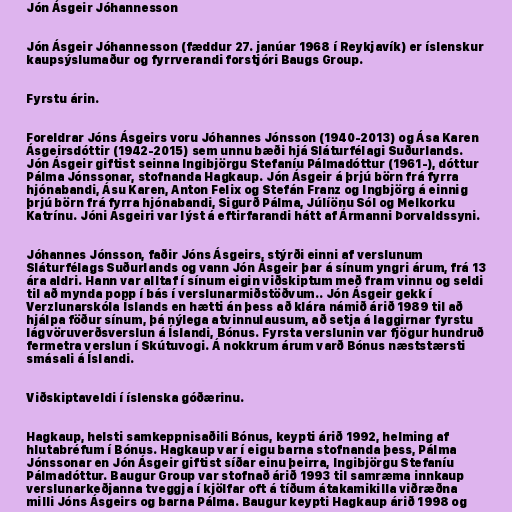
Jón Ásgeir Jóhannesson

Jón Ásgeir Jóhannesson (fæddur 27. janúar 1968 í Reykjavík) er íslenskur
kaupsýslumaður og fyrrverandi forstjóri Baugs Group.

Fyrstu árin.

Foreldrar Jóns Ásgeirs voru Jóhannes Jónsson (1940-2013) og Ása Karen
Ásgeirsdóttir (1942-2015) sem unnu bæði hjá Sláturfélagi Suðurlands.
Jón Ásgeir giftist seinna Ingibjörgu Stefaníu Pálmadóttur (1961-), dóttur
Pálma Jónssonar, stofnanda Hagkaup. Jón Ásgeir á þrjú börn frá fyrra
hjónabandi, Ásu Karen, Anton Felix og Stefán Franz og Ingbjörg á einnig
þrjú börn frá fyrra hjónabandi, Sigurð Pálma, Júlíönu Sól og Melkorku
Katrínu. Jóni Ásgeiri var lýst á eftirfarandi hátt af Ármanni Þorvaldssyni.

Jóhannes Jónsson, faðir Jóns Ásgeirs, stýrði einni af verslunum
Sláturfélags Suðurlands og vann Jón Ásgeir þar á sínum yngri árum, frá 13
ára aldri. Hann var alltaf í sínum eigin viðskiptum með fram vinnu og seldi
til að mynda popp í bás í verslunarmiðstöðvum.. Jón Ásgeir gekk í
Verzlunarskóla Íslands en hætti án þess að klára námið árið 1989 til að
hjálpa föður sínum, þá nýlega atvinnulausum, að setja á laggirnar fyrstu
lágvöruverðsverslun á Íslandi, Bónus. Fyrsta verslunin var fjögur hundruð
fermetra verslun í Skútuvogi. Á nokkrum árum varð Bónus næststærsti
smásali á Íslandi.

Viðskiptaveldi í íslenska góðærinu.

Hagkaup, helsti samkeppnisaðili Bónus, keypti árið 1992, helming af
hlutabréfum í Bónus. Hagkaup var í eigu barna stofnanda þess, Pálma
Jónssonar en Jón Ásgeir giftist síðar einu þeirra, Ingibjörgu Stefaníu
Pálmadóttur. Baugur Group var stofnað árið 1993 til samræma innkaup
verslunarkeðjanna tveggja í kjölfar oft á tíðum átakamikilla viðræðna
milli Jóns Ásgeirs og barna Pálma. Baugur keypti Hagkaup árið 1998 og